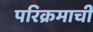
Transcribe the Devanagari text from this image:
परिक्रमाची